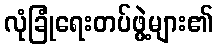
လုံခြုံရေးတပ်ဖွဲ့များ၏